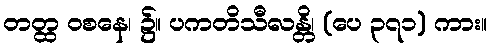
တတ္ထ ဝစနေ၊ ၌။ ပကတိသီလန္တိ၊ (ပေ ၃၇၁) ကား။